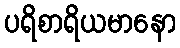
ပရိစာရိယမာနော